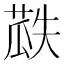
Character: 𮐏